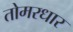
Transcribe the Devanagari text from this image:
तोमरधार